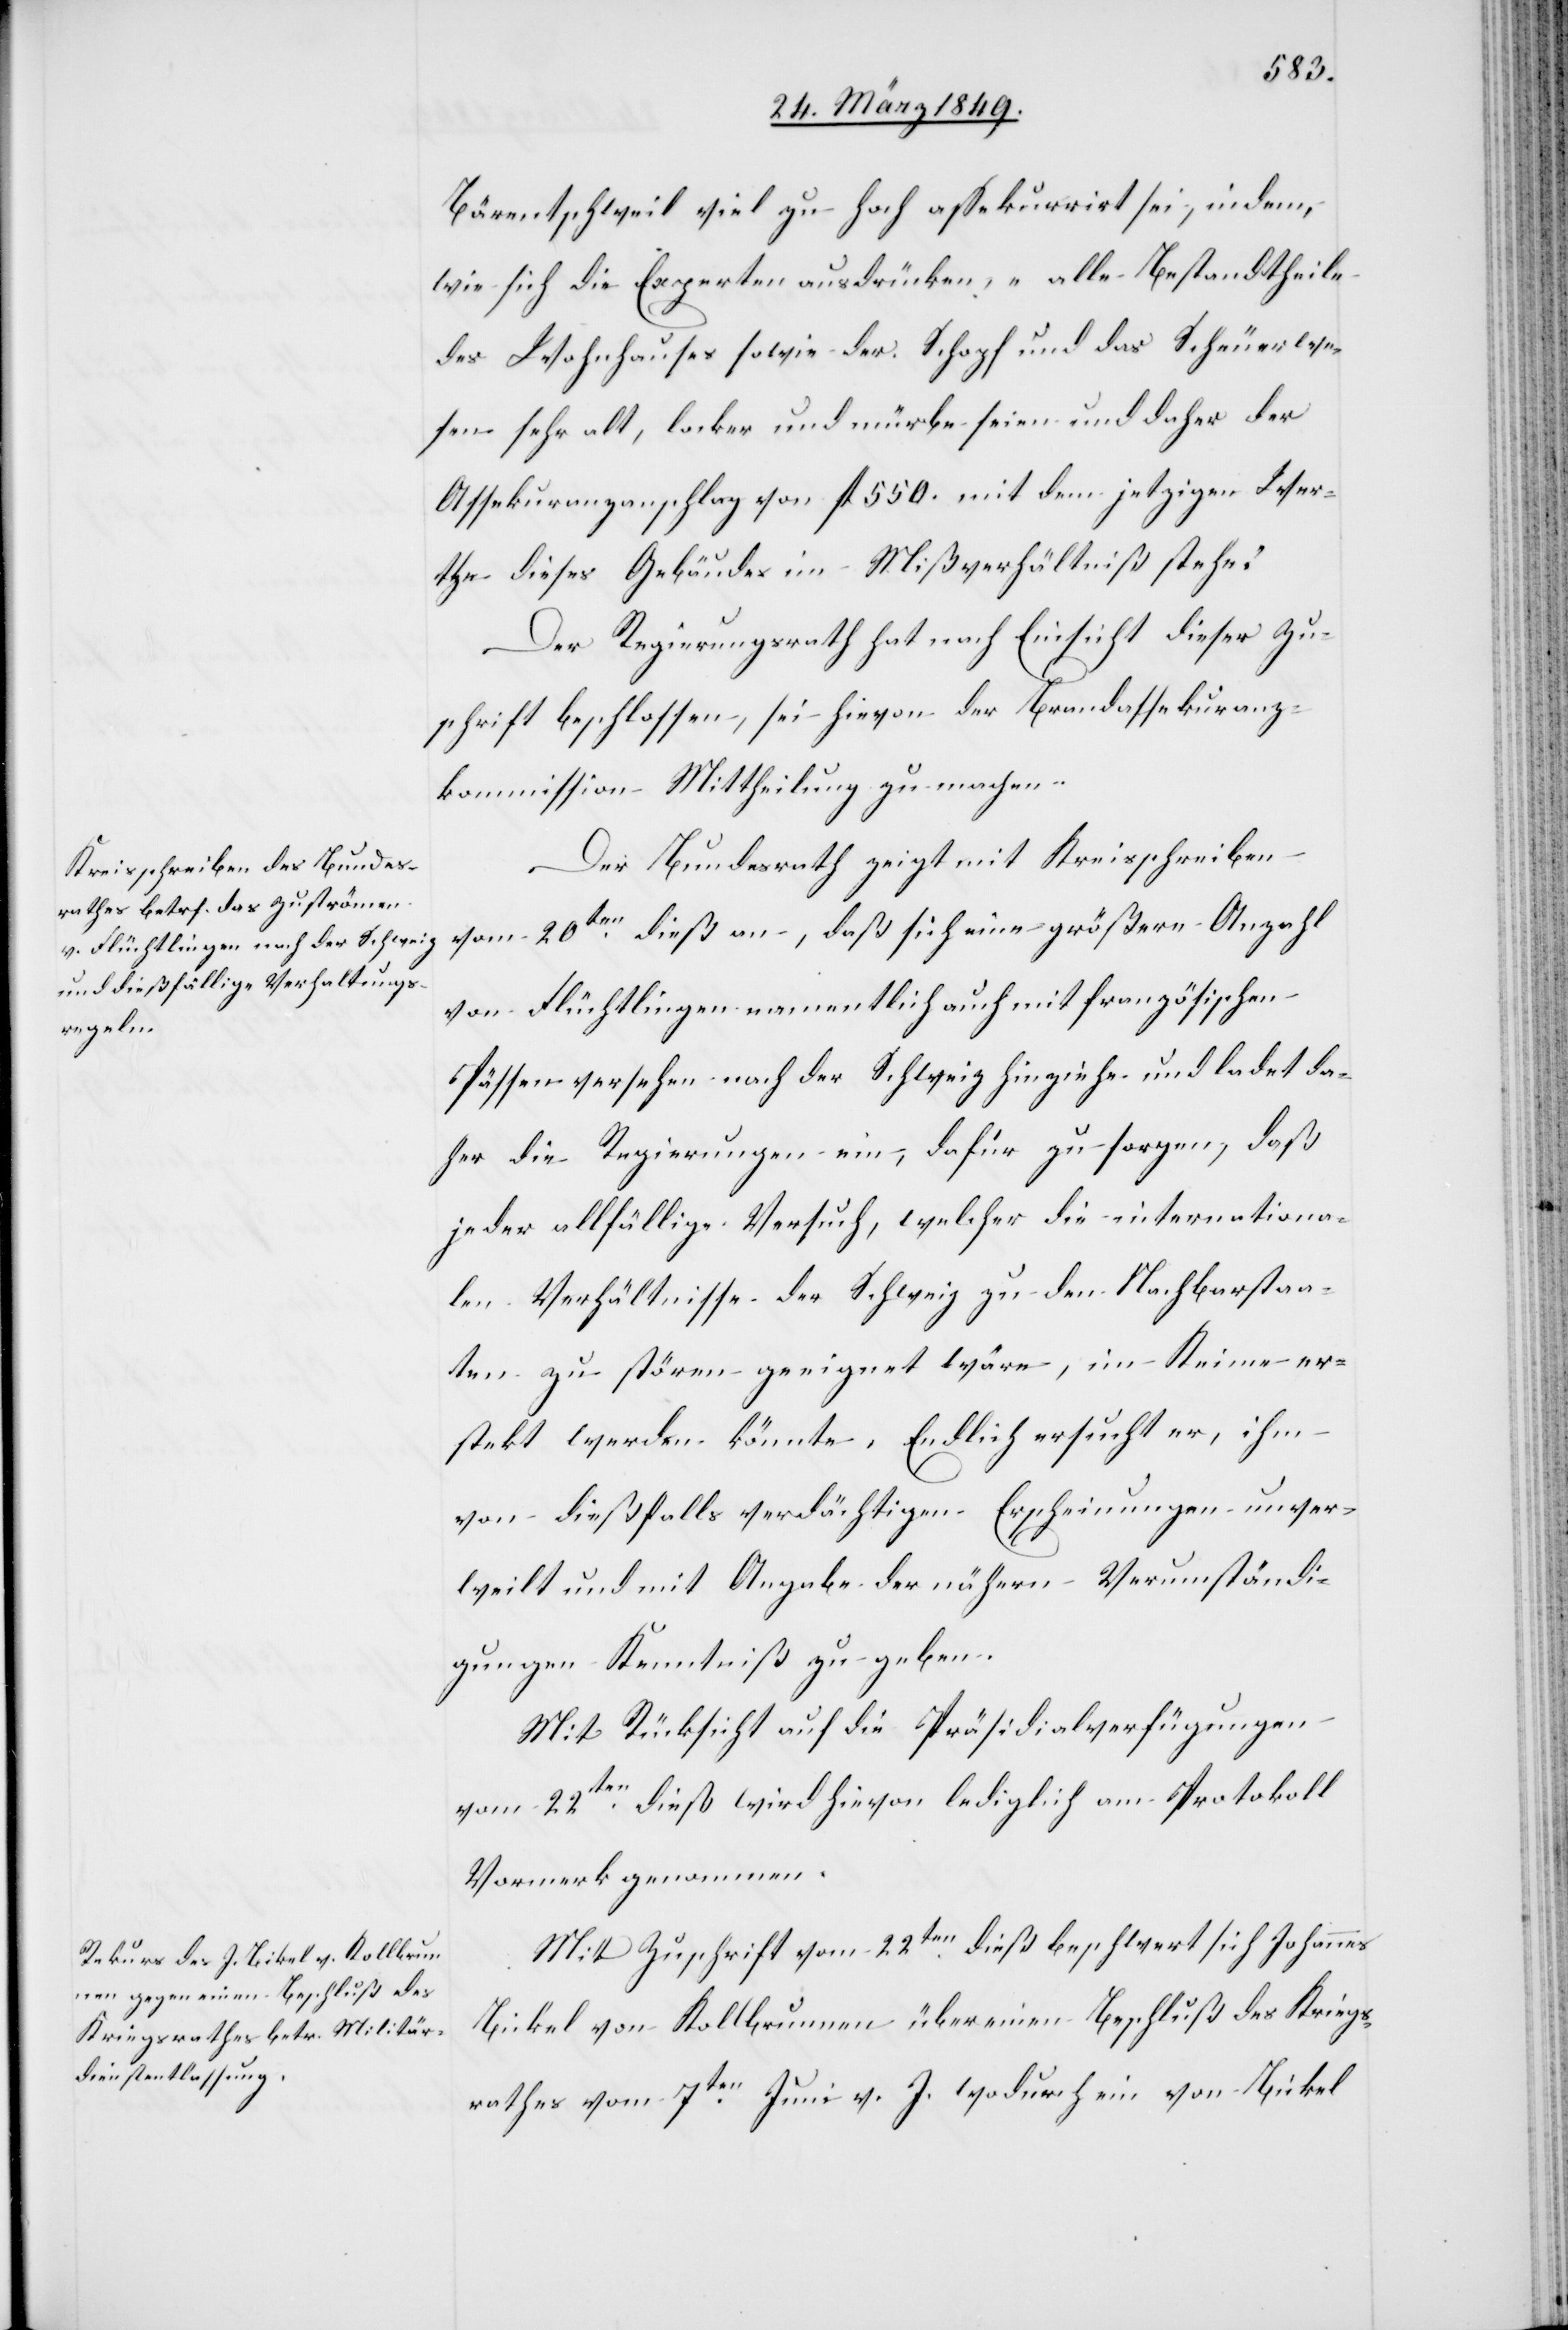
Bärentschweil viel zu hoch assekurrirt sei, indem,
wie die Experten ausdrücken, „alle Bestandtheile
des Wohnhauses sowie der Schopf und das Scheuerwe¬
sen sehr alt, locker und mürbe seien und daher der
Assekuranzanschlag von fl. 550. mit dem jetzigen Wer¬
the dieses Gebäudes im Mißverhältniß stehe.“
Der Regierungsrath hat nach Einsicht dieser Zu¬
schrift beschlossen, sei hievon der Brandassekuranz¬
kommission Mittheilung zu machen.
Der Bundesrath zeigt mit Kreisschreiben
vom 20ten. dieß an, daß sich eine größere Anzahl
von Flüchtlingen namentlich auch mit französischen
Pässen versehen nach der Schweiz hinziehe und ladet da¬
her die Regierungen ein, dafür zu sorgen, daß
jeder allfällige Versuch, welcher die internationa¬
len Verhältnisse der Schweiz zu den Nachbarstaa¬
ten zu stören geeignet wäre, im Keime er¬
[sic!] werden könnte. Endlich ersucht er, ihm
von dießfalls verdächtigen Erscheinungen unver¬
weilt und mit Angabe der nähern Verumständi¬
gungen Kenntniß zu geben.
Mit Rücksicht auf die Präsidialverfügungen
stekt
vom 22. dieß wird hievon lediglich am Protokoll
Vormerk genommen.
Mit Zuschrift vom 22ten. dieß beschwert sich Johannes
[sic!] von Kollbrunnen über einen Beschluß des Kriegs¬
rathes vom 7ten. Juni v. J. wodurch ein von Bickel